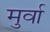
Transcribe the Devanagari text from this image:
मुर्वा